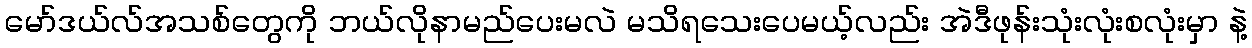
မော်ဒယ်လ်အသစ်တွေကို ဘယ်လိုနာမည်ပေးမလဲ မသိရသေးပေမယ့်လည်း အဲဒီဖုန်းသုံးလုံးစလုံးမှာ နဲ့